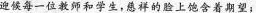
迎候每一位教师和学生，总祥的脸上饱含着期望；